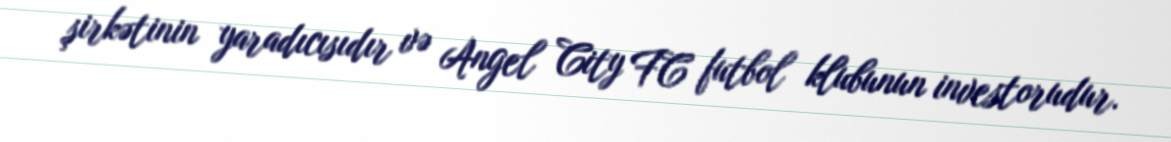
şirkətinin yaradıcısıdır və Angel City FC futbol klubunun investorudur.